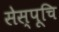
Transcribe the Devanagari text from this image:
सेस्पूचि